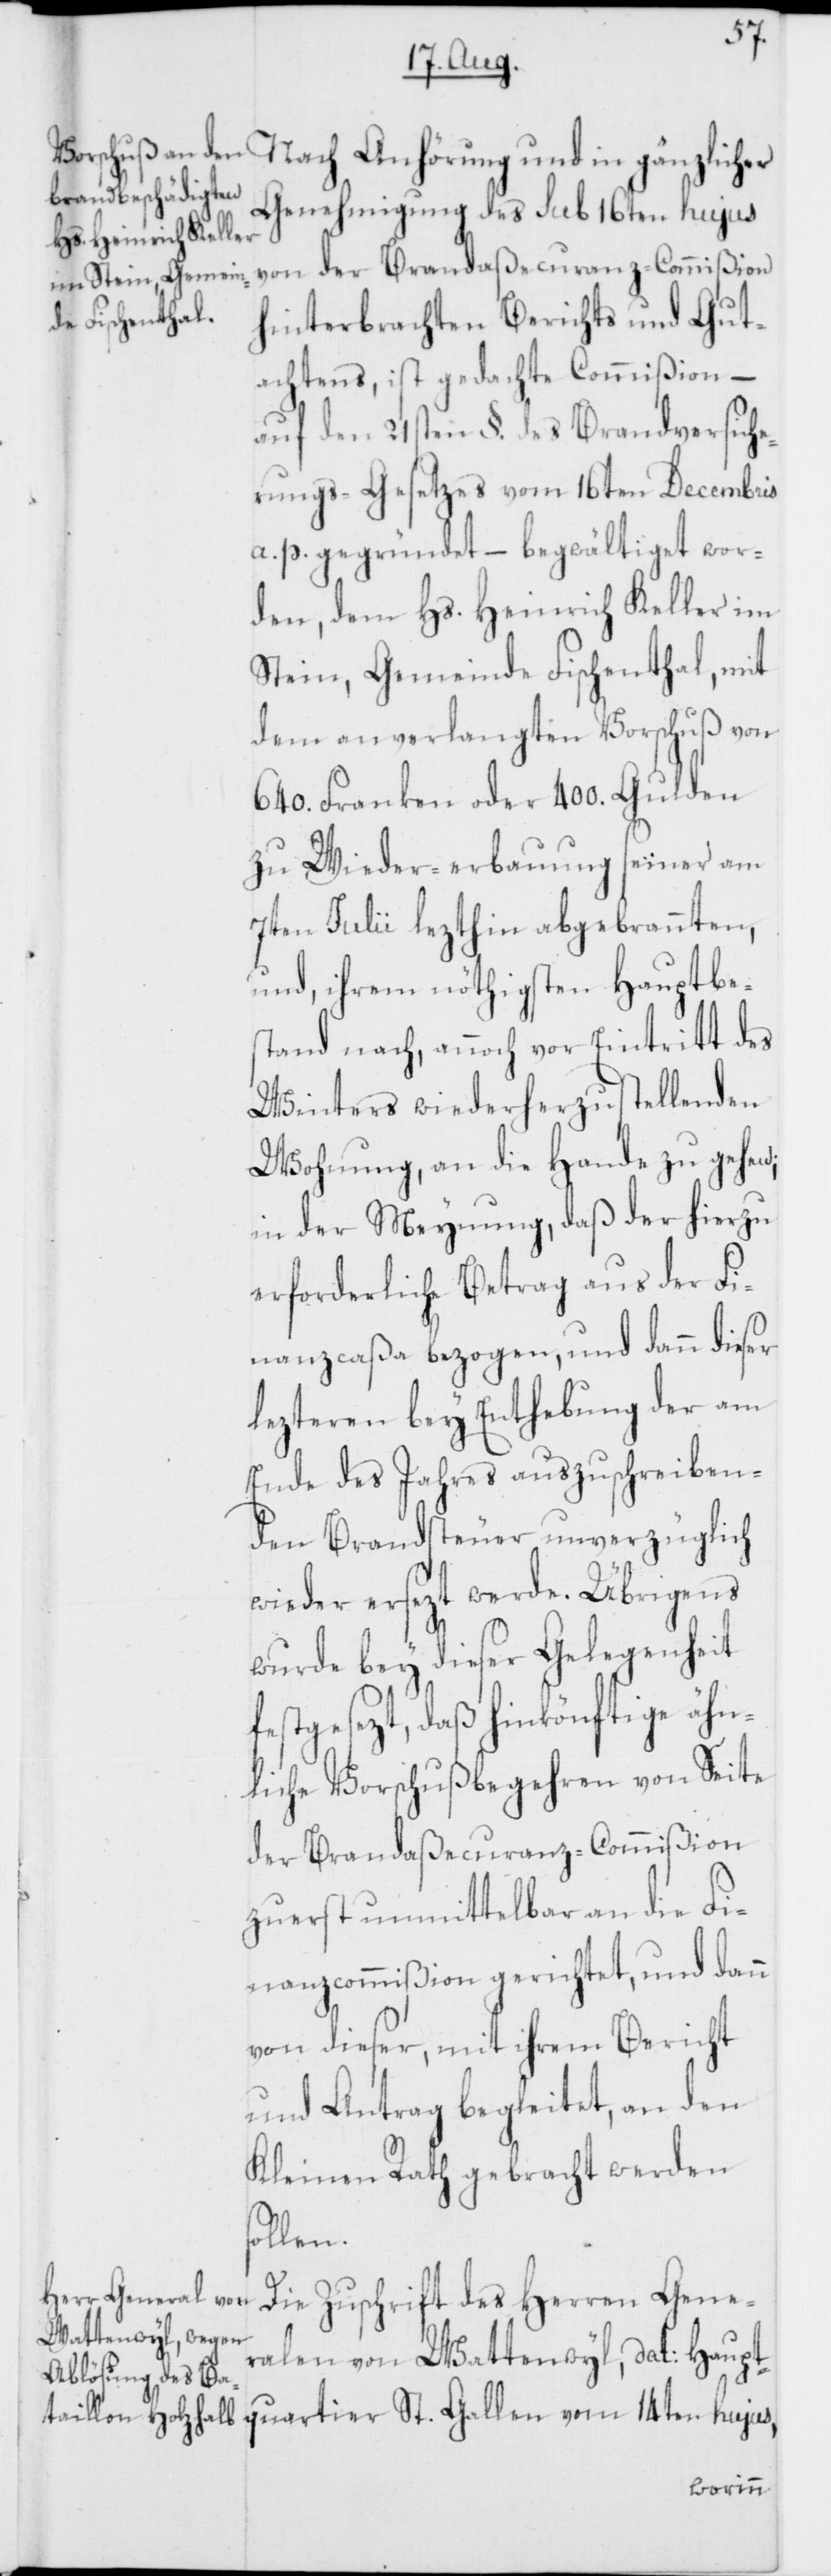
Genehmigung des sub 16ten hujus
von der Brandaßecuranz-Commißion
hinterbrachten Berichts und Gut¬
achtens, ist gedachte Commißion –
auf den 21sten §. des Brandversiche¬
rungs-Gesetzes vom 16ten Decembris
a. p. gegründet, – begwältiget wor¬
den, dem Hs. Heinrich Keller im
Stein, Gemeinde Fischenthal, mit
dem anverlangten Vorschuß von
640. Franken oder 400. Gulden
zu Wieder-erbauung seiner am
7ten Julii lezthin abgebrannten,
und, ihrem nöthigsten Hauptbes¬
tand nach, annoch vor Eintritt des
Winters wiederherzustellenden
Wohnung, an die Hande zu gehen;
in der Meynung, daß der hierzu
erforderliche Betrag aus der Fi¬
nanzcaßa bezogen, und dann dieser
lezteren bey Enthebung der am
Ende des Jahres auszuschreiben¬
den Brandsteuer unverzüglich
wieder ersezt werde. Übrigens
wurde bey dieser Gelegenheit
festgesezt, daß hinkönftige ähn¬
liche Vorschußbegehren von Seite
der Brandaßecuranz-Commißion
zuerst unmittelbar an die Fi¬
nanzcommißion gerichtet, und dann
von dieser, mit ihrem Bericht
und Antrag begleitet, an den
Kleinen Rath gebracht werden
sollen.
Die Zuschrift des Herren Gener¬
alen von Wattenwyl, dat: Haupt¬
quartier St. Gallen vom 14ten hujus,